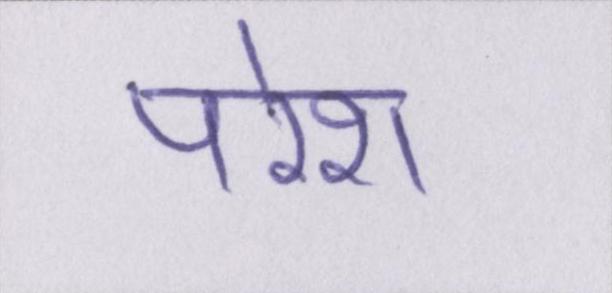
परेश